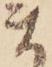
ま